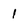
Character: 1